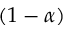
( 1 - \alpha )